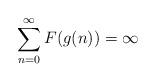
LaTeX: \begin{align*} \sum_{n=0}^{\infty}F(g(n)) = \infty\end{align*}